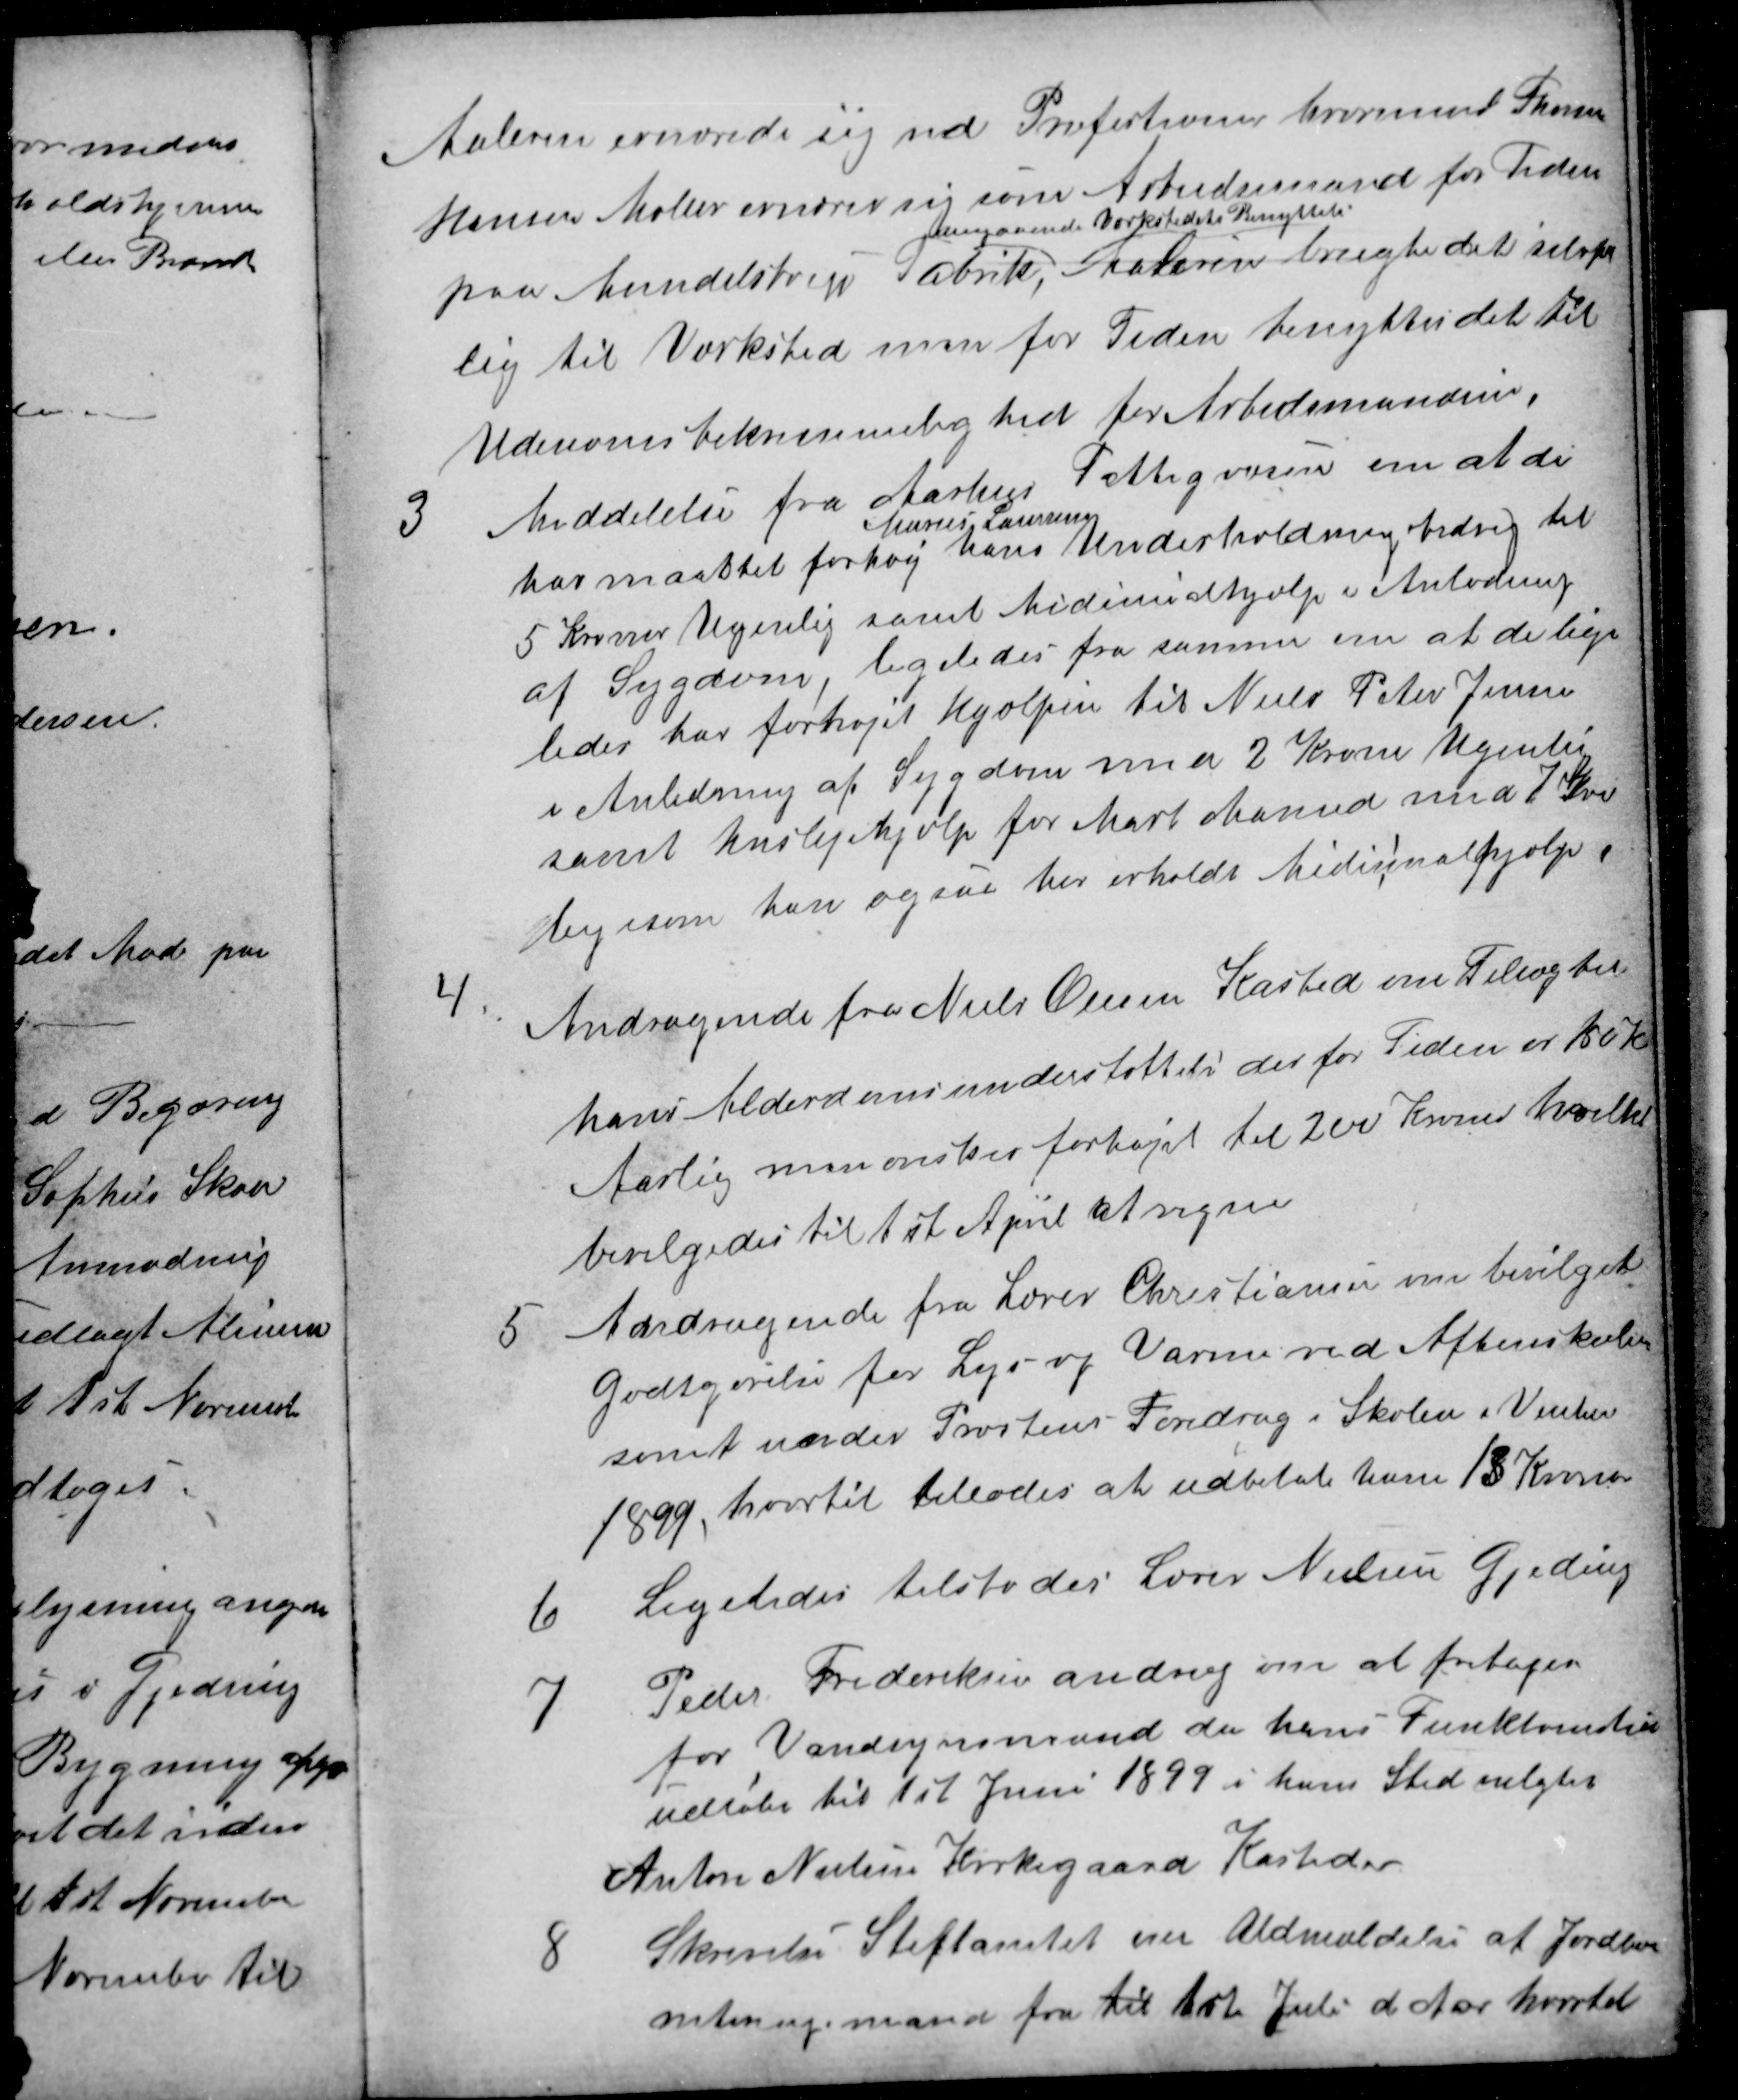
Transskription:
Maleren ernærede sig ved Profertionen hvorimod Thomas
Hansen Møller ernærer sig som Arbeidsmand for Tiden
paa Mundelstrup Fabrik,
angaaende Værkstedets Benyttelse
Maleren brugte det selvfor
lig til Værksted men for Tiden benyttes det til
Udenomsbekvemmelighed for Arbedsmanden,
3
Meddelelse fra Aarhus Fattigvæsen om at de
har maattet forhøj
Marius Laursen
hans Underholdningsbidrag til
5 Kroner Ugenlig samt Midicinalhjælp i Anledning
af Sygdom, ligeledes fra samme om at de lige
ledes har forhøjet Hjælpen til Niels Peter Jensen
i Anledning af Sygdom med 2 Krone Ugenlig
samt huslejehjælp for Marts Maaned med 7 Kr
ligesom han ogsaa har erholdt Midicinhjælp
4.
Andragende fra Niels Olesen Kasted om Tillæg til
hans Alderdomsunderstøttelse der for Tiden er 150 Kr
Aarlig men ønskes forhøjet til 200 Kroner hvilket
bevilgedes til 1st April at regne
5
Andragende fra Lærer Christiansen om bevilget
Godtgørelse for Lys og Varme ved Aftenskolen
samt under Præstens Foredrag i Skolen i Vinteren
1899, hvortil tillodes at udbetale ham 13 Kroner
6
Ligeledes tilstodes Lærer Nielsen Gjeding
7
Peder Frederiksen androg om at fritages
for Vandsynsmand da hans Funktionstid
udløber til 1st Juni 1899 i hans Sted valgtes
Anton Nielsen Kirkegaard Kasteder
8
Skrivelse Stiftamtet over Aldmeldelse af Jordbor
niteringsmand fra til 1st Juli d Aar hvortil